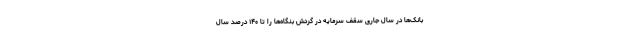
بانک‌ها در سال جاری سقف سرمایه در گردش بنگاه‌ها را تا ۱۴۰ درصد سال